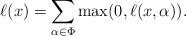
LaTeX: \begin{align*}\ell(x) = \sum_{\alpha \in \Phi} \max(0,\ell(x,\alpha)).\end{align*}